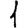
Digit: 1